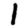
Digit: 1